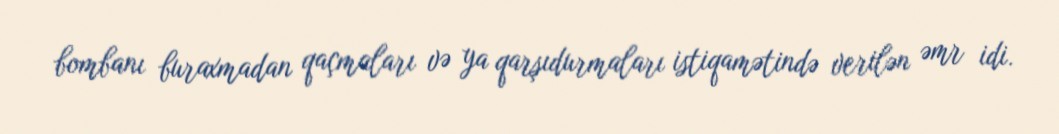
bombanı buraxmadan qaçmaları və ya qarşıdurmaları istiqamətində verilən əmr idi.